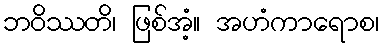
ဘဝိဿတိ၊ ဖြစ်အံ့။ အဟံကာရောစ၊